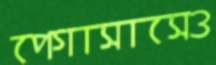
পেগাসাসেও